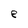
Character: e